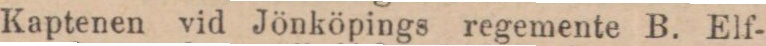
Kaptenen vid Jönköpings regemente B. Elf-